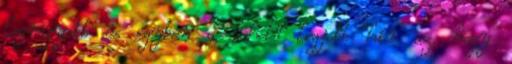
legnagyobb és egyben a lehető legjobb hír az, hogy